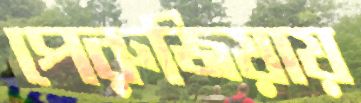
পেরুজিয়ায়